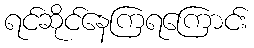
ရင်ဆိုင်နေကြရကြောင်း